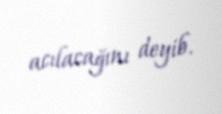
acılacağını deyib.